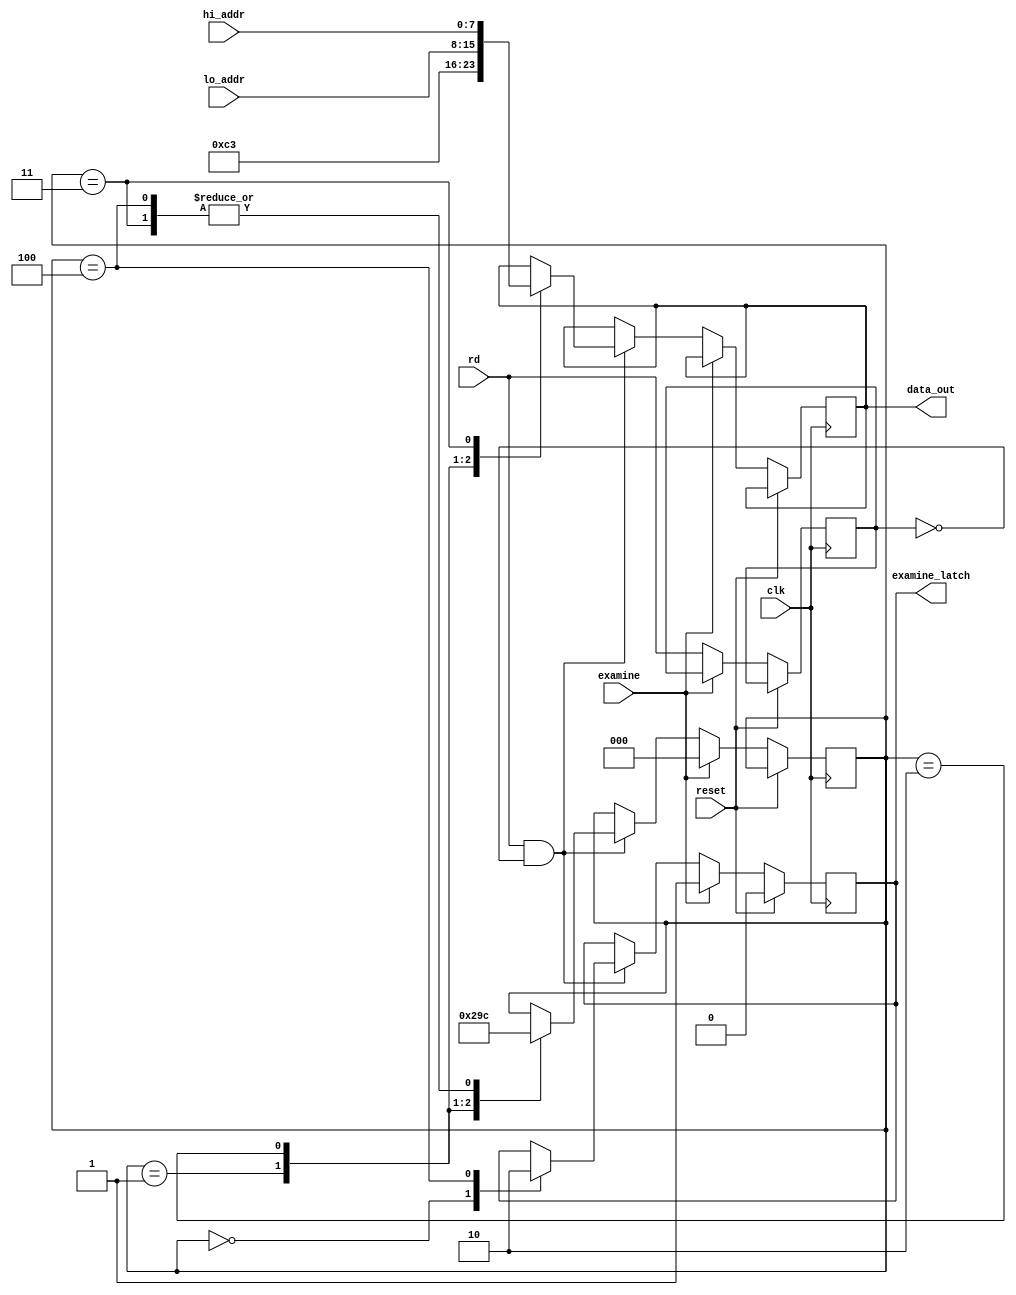
/*
EXM 
The Examine circuit consists of a dual single shot (IC L) for debounce, 
a 2-bit counter (IC J), the top 3 sets of 7405 1 s on schematic 880-106 
(!C's A, B, C and 2 gates of D), and some gating. 

When the Examine switch is depressed the counter (IC J) is started. 
On the first count, a jump instruction (JMP 303) is strobed directly 
onto the bidirectional data bus at the processor. This is accomplished 
by enabling 2 gates of ICC and 2 gates of IC D through the output pin 6 
of one gate of IC T. These open coll ecter gates then pull down data 
lines 02, 03, 04 and D5. This puts a 303 on the data bus, which is the 
code for a JMP.

On the second count, the settings of switches SAO through SA 7 are 
strobed onto the data bus iri a similar manner to the JMP instruction 
through IC A and 2 gates of B. This provides the first byte of the JMP 
address. 

The third count strobes the settings for switches SA 8 through SA 15 
onto the bus. This provides the second byte of the JMP address. The 
processor will then execute the JMP to the location set on the 
switches SAO through SA 15, allowing the examination of the contents 
of that particular memory location. 

The fourth count:resets the counter and pulls the EXM line low, which 
in turn pulls PRDY low and stops the processor. 
*/

module examine(
  input clk,
  input reset,
  input rd,
  input examine,
  input [7:0] lo_addr,
  input [7:0] hi_addr,
  output reg [7:0] data_out,
  output examine_latch
);

  reg [2:0] state = 3'b000;
  reg prev_rd = 1'b0;
  reg en_lt = 1'b0;
  
  always @(posedge clk)
    begin
      if (reset)
      begin
		  en_lt <= 1'b0;
		end  
      else if (examine)
      begin
		  state <= 3'b000;
        en_lt <= 1'b1;
		end  
      else
		begin
   	  if (rd && prev_rd==1'b0)
		  begin
          case (state)
            3'b000 : begin
              en_lt <= 1'b1;
              state <= 3'b001;
				end
            3'b001 : begin
              data_out <= 8'b11000011; // JMP
              state <= 3'b010;
            end
            3'b010 : begin
              data_out <= lo_addr;
              state <= 3'b011;
            end
            3'b011 : begin
              data_out <= hi_addr;
              state <= 3'b100;
            end
            3'b100 : begin						
              state <= 3'b100;
   		     en_lt <= 1'b0;
            end
          endcase
		  end
		  prev_rd = rd;  
      end
    end
	 assign examine_latch = en_lt;
endmodule